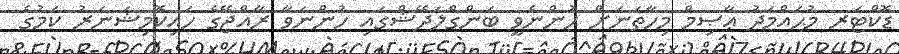
ޑޮކްޓަރ މުޙައްމަދު ޢާޞިމް މިހާތަނަށް ހުންނެވީ ބަންގްލަދޭޝްގައި ހުންނަވާ ރާއްޖޭގެ ހައިކޮމިޝަނަރު ކަމުގެ